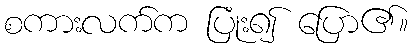
စကားလက်က ပြုံး၍ ပြော၏။